Bréfritari: Sigríður Pálsdóttir
Viðtakandi: Páll Pálsson
Dagsetning: A-1865-08-07
Skrifað á: Breiðabólsstað  Rang.
Páll var bróðir Sigríðar

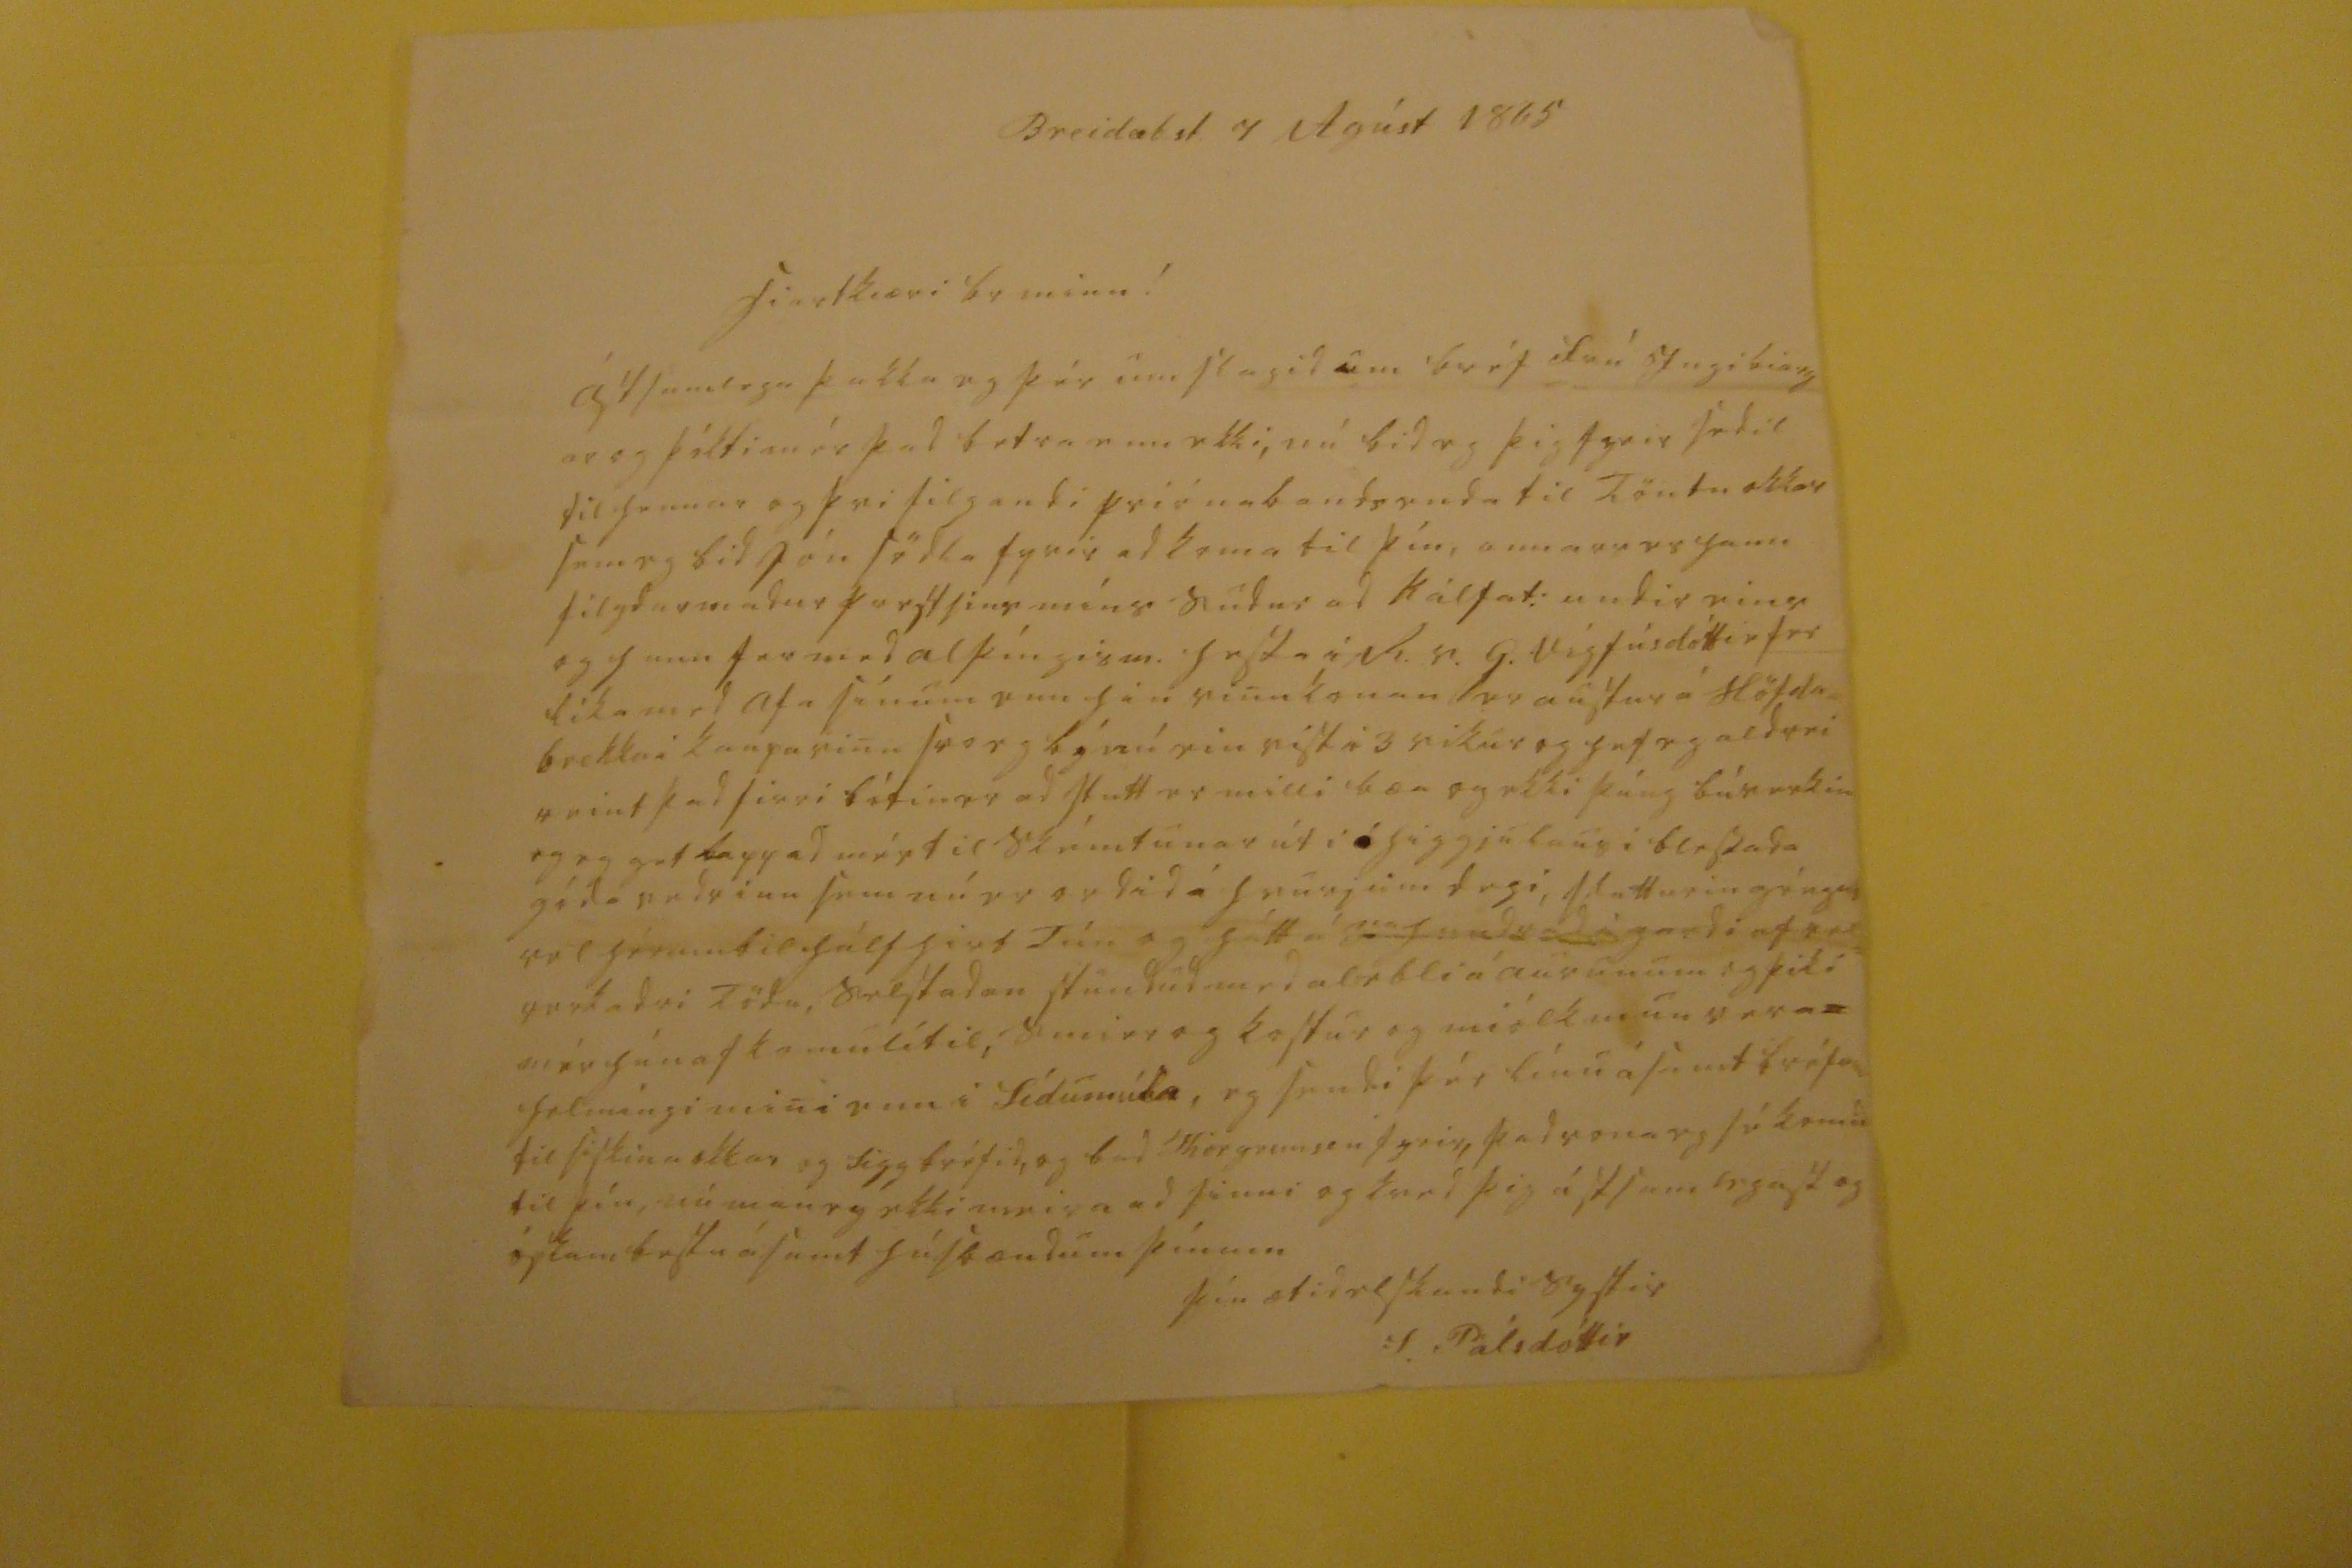

Breidab.st. 7 Agúst 1865
hiartkiæri br minn!
ástsamlegast þakka eg þér umslagid um bréf frá Ingibiarg ar og þókti mér þad betra enn ekki, nú bid eg þig fyrir sedil til hennar og þvi filgandi priónabandsenda til Töntu okkar sem eg bid Jón södla fyrir ad koma til þín, annars er hann filgdarmadur
porstsins
míns sudur ad Kálfat: undir eins og hann fer med alþínism. hesta i R.v. G.Vigfúsdóttir fer líka med afa sínum enn hin vinukonan er austur á Höfda= brekku i kaupavinu svo eg bý nú ein vist i 3 vikur og hef eg aldrei reint þad firri bótin er ad stutt er milli bæa og ekki þúng búverkin og eg get lappad mér til skémtunar úti áhiggjulaus i blessada góda vedrinu sem nú er ordid á hvurjum degi, slatturin géngur vel hérumbil hálf hirt Tún og hátt á
000000 0000 00rdi
af vel= verkadri Tödu, selstadan stundud med alebli á aurunum og þid í mér hún afkomulítil, smier og kostur og miólk mun vera helmíngi mini enn i Sídumúla, eg sendi þér línu ásamt bréfum til siskina okkar og Sigg bréfid, og bad Thorgrimsen fyrir, þad vona eg sé komid til þín, nú man eg ekki meira ad sinni og kved þig ástsamlegast og óskum bestu ásamt húsbændum þínum
þín ætid elskandi systir
S. Pálsdóttir